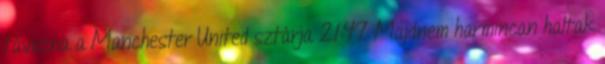
távozna a Manchester United sztárja 21:47 Majdnem harmincan haltak